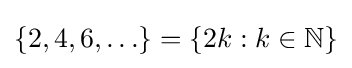
\{2,4,6,\ldots \}=\{2k:k\in \mathbb {N} \}